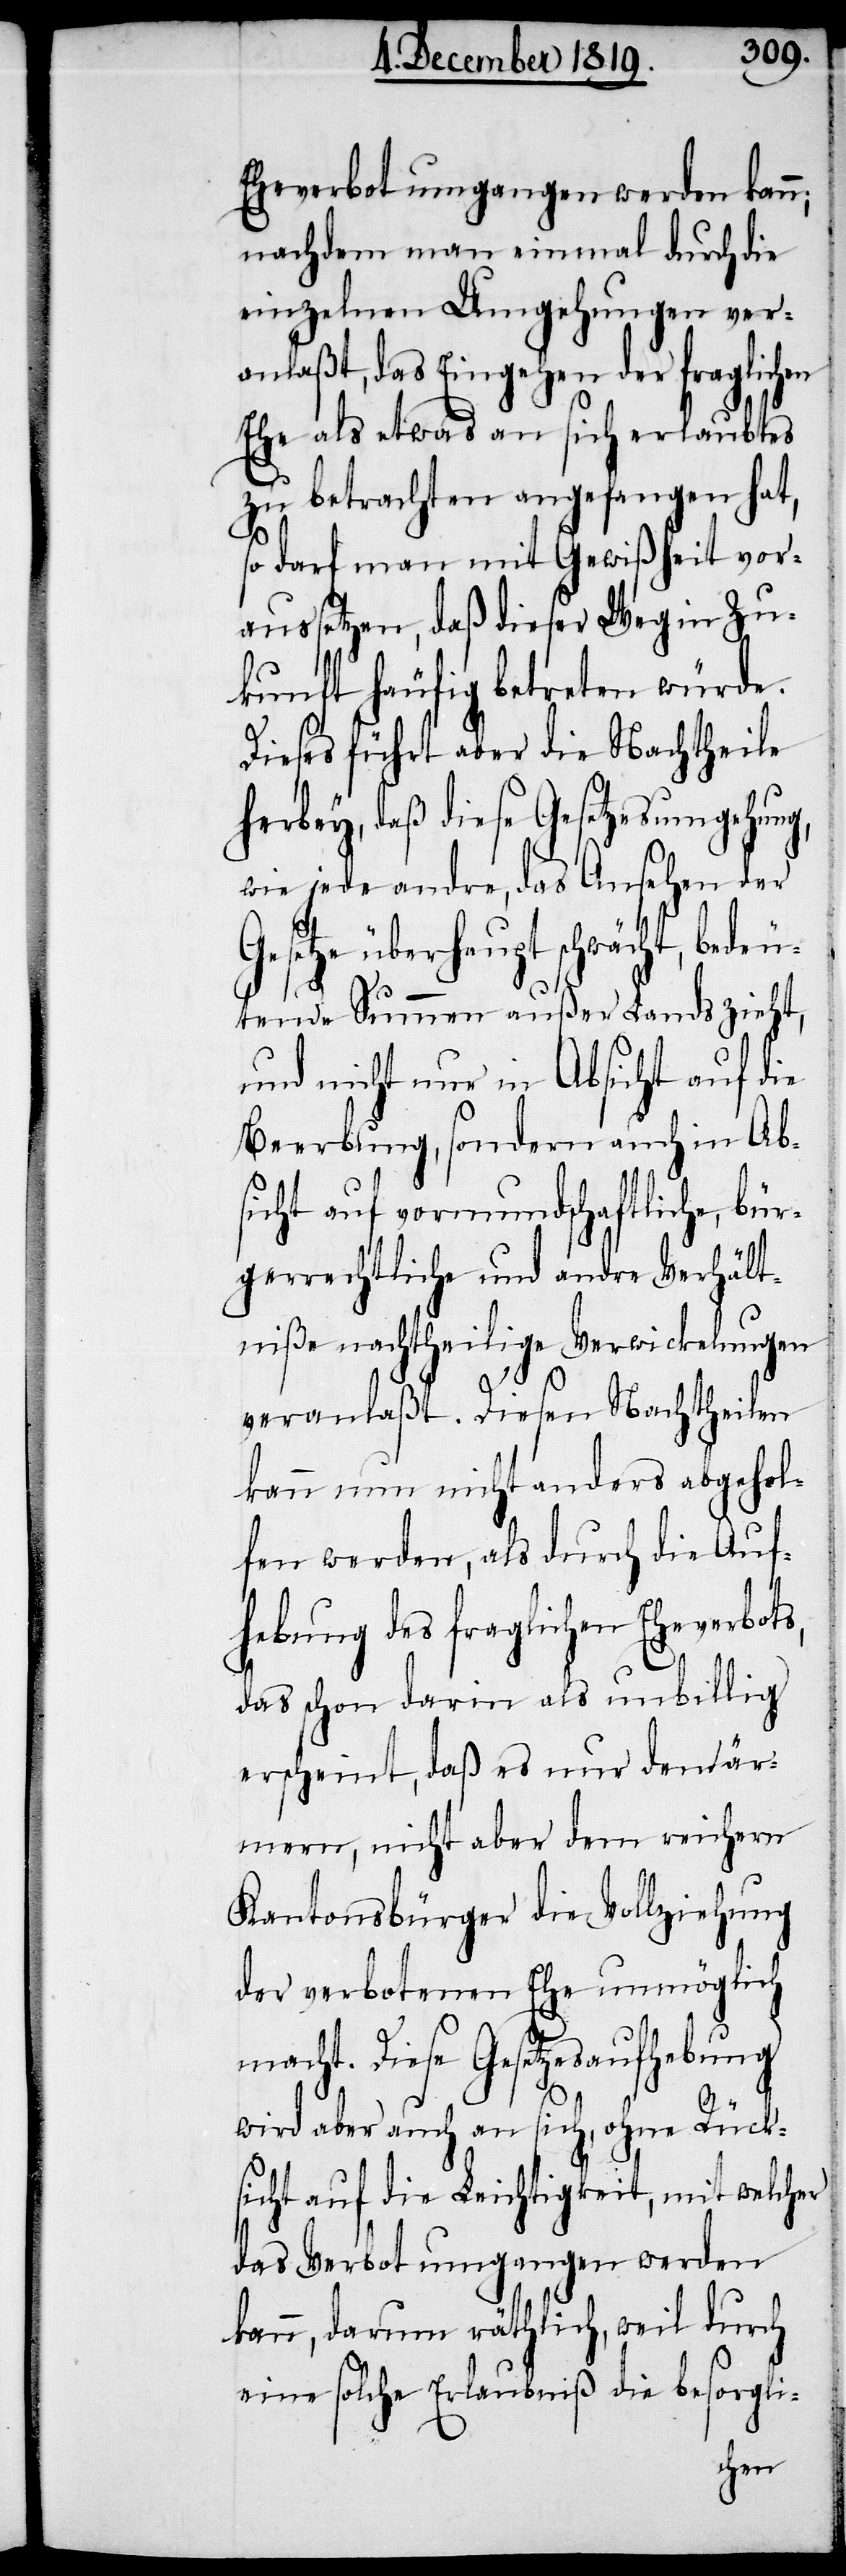
Eheverbot umgangen werden kann;
nachdem man einmal durch die
einzelnen Umgehungen ver¬
anlaßt, das Eingehen der fraglichen
Ehe als etwas an sich erlaubtes
zu betrachten angefangen hat,
so darf man mit Gewißheit vor¬
aussetzen, daß dieser Weg in Zu¬
kunft häufig betreten würde.
Dieses führt aber die Nachtheile
herbey, daß diese Gesetzesumgehung,
wie jede andre, das Ansehen der
Gesetze überhaupt schwächt, bedeu¬
tende Summen außer Lands zieht,
und nicht nur in Absicht auf die
Beerbung, sondern auch in Ab¬
sicht auf vormundschaftliche, bür¬
gerrechtliche und andre Verhält¬
niße nachtheilige Verwickelungen
veranlaßt. Diesen Nachtheilen
kann nun nicht anders abgehol¬
fen werden, als durch die Auf¬
hebung des fraglichen Eheverbots,
das schon darin als unbillig
erscheint, daß es nur den är¬
mern, nicht aber dem reichern
Kantonsbürger die Vollziehung
der verbotenen Ehe unmöglich
macht. Diese Gesetzesaufhebung
wird aber auch an sich, ohne Rück¬
sicht auf die Leichtigkeit, mit welcher
das Verbot umgangen werden
kann, darum räthlich, weil durch
eine solche Erlaubniß die besorgli-